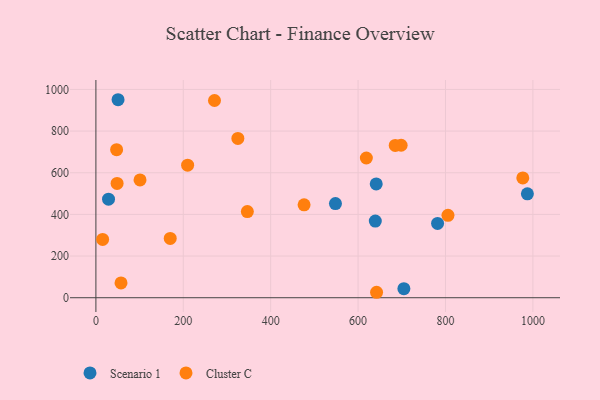
{"axis": {"x": "Experience", "y": "Salary"}, "legend": ["Cluster C", "Scenario 1"], "data": [{"x": "548.2", "y": 451.8, "type": "Scenario 1"}, {"x": "704.8", "y": 43.6, "type": "Scenario 1"}, {"x": "28.9", "y": 473.2, "type": "Scenario 1"}, {"x": "781.9", "y": 356.8, "type": "Scenario 1"}, {"x": "641.5", "y": 546.5, "type": "Scenario 1"}, {"x": "987.4", "y": 498.8, "type": "Scenario 1"}, {"x": "50.7", "y": 950.6, "type": "Scenario 1"}, {"x": "639.4", "y": 367.9, "type": "Scenario 1"}, {"x": "346.6", "y": 413.5, "type": "Cluster C"}, {"x": "698.5", "y": 732.0, "type": "Cluster C"}, {"x": "324.9", "y": 764.9, "type": "Cluster C"}, {"x": "642.3", "y": 26.2, "type": "Cluster C"}, {"x": "976.9", "y": 575.2, "type": "Cluster C"}, {"x": "48.5", "y": 549.0, "type": "Cluster C"}, {"x": "209.9", "y": 636.2, "type": "Cluster C"}, {"x": "170.1", "y": 284.7, "type": "Cluster C"}, {"x": "476.4", "y": 445.8, "type": "Cluster C"}, {"x": "15.4", "y": 279.7, "type": "Cluster C"}, {"x": "618.9", "y": 670.9, "type": "Cluster C"}, {"x": "101.0", "y": 565.8, "type": "Cluster C"}, {"x": "805.7", "y": 395.6, "type": "Cluster C"}, {"x": "57.5", "y": 71.2, "type": "Cluster C"}, {"x": "47.4", "y": 710.8, "type": "Cluster C"}, {"x": "685.0", "y": 731.0, "type": "Cluster C"}, {"x": "271.4", "y": 946.9, "type": "Cluster C"}]}